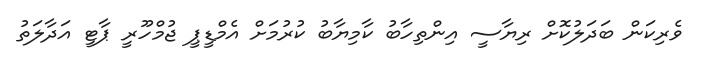
ވެރިކަން ބަދަލުކޮށް ރިޔާސީ އިންތިހާބު ކާމިޔާބު ކުރުމަށް އެމްޑީޕީ ޖުމްހޫރީ ޕާޓީ އަދާލަތު